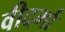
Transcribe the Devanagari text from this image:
वीदर्भा